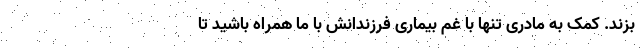
بزند. کمک به مادری تنها با غم بیماری فرزندانش با ما همراه باشید تا